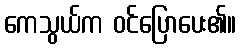
ကေသွယ်က ဝင်ပြောပေး၏။